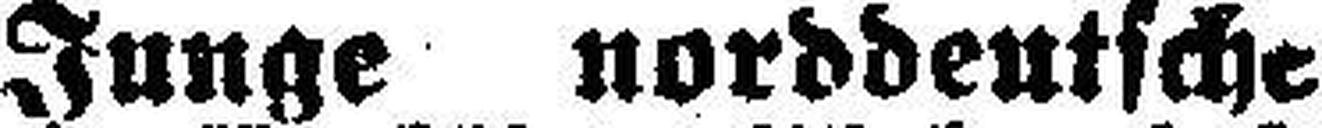
Junge norddeutsche